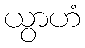
ယွာဟံ